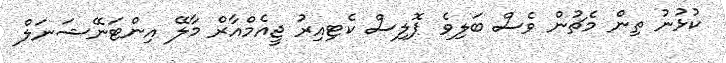
ކުޅުނު ތިން މެޗުން ވެސް ބަލިވެ ޕޮލިސް ކެޓިއިރު ޖީއެމްއާރް މާލޭ އިންޓަނޭޝަނަލް